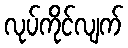
လုပ်ကိုင်လျက်